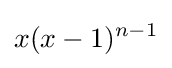
x(x-1)^{n-1}